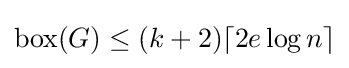
\operatorname {box} (G)\leq (k+2)\lceil 2e\log n\rceil